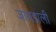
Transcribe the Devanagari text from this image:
जामडाली